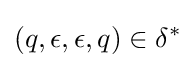
(q,\epsilon ,\epsilon ,q)\in \delta ^{*}